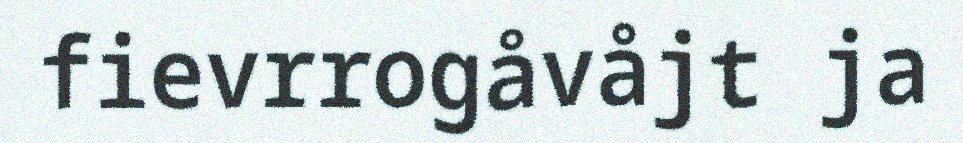
fievrrogåvåjt ja